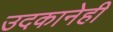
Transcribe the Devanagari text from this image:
उदकानेही